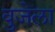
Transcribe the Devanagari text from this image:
वुजेला